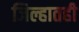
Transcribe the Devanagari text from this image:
जिल्हातही